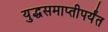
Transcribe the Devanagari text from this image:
युद्धसमाप्तीपर्यंत